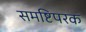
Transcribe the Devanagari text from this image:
समष्टिपरक